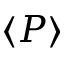
\langle P \rangle